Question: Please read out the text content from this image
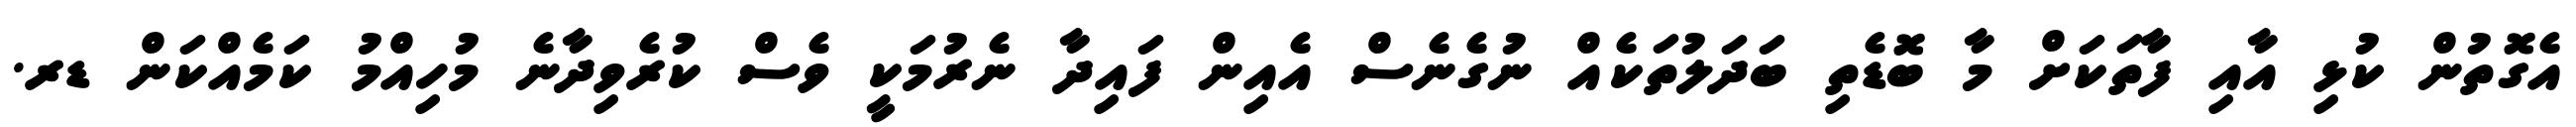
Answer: އެގޮތުން ކުޅި އާއި ފާތަކަށް މާ ބޮޑެތި ބަދަލުތަކެއް ނުގެނެސް އެއިން ފައިދާ ނެރުމަކީ ވެސް ކުރެވިދާނެ މުހިއްމު ކަމެއްކަން ޑރ.